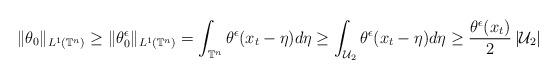
LaTeX: \begin{align*}\|\theta_0\|_{L^1\left(\mathbb{T}^{n}\right)}\geq\|\theta^\epsilon_0\|_{L^1\left(\mathbb{T}^{n}\right)}=\int_{\mathbb{T}^{n}} \theta^\epsilon(x_t-\eta)d\eta\geq\int_{\mathcal{U}_2} \theta^\epsilon(x_t-\eta)d\eta\geq \frac{\theta^\epsilon(x_t)}{2} \left|\mathcal{U}_2\right|\end{align*}